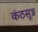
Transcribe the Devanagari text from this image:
कंठसूत्र